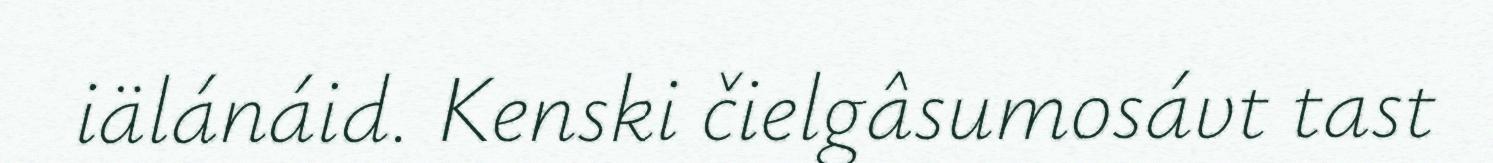
iälánáid. Kenski čielgâsumosávt tast